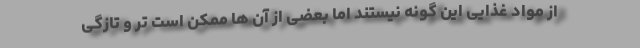
از مواد غذایی این گونه نیستند اما بعضی از آن ها ممکن است تر و تازگی